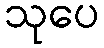
သုပေ